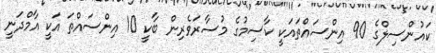
ކައުންސިލްގެ 90 އިންސައްތައަކީ ކާސިމުގެ މުސާރަވެރިން ބާކީ 10 އިންސައްތަ އަކީ އާމްދަނީ